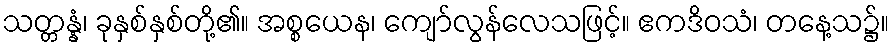
သတ္တန္နံ၊ ခုနှစ်နှစ်တို့၏။ အစ္စယေန၊ ကျော်လွန်လေသဖြင့်။ ဧကဒိဝသံ၊ တနေ့သ၌။